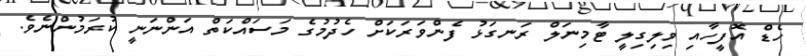
ހެޑް އޮފީހާއި ވިލިގިލީ ޓާމިނަލް ރަނގަޅު ފެންވަރަކަށް ހެދުމުގެ މަސައްކަތް އަންނަނީ ކުރަމުންނެވެ.